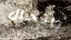
بالحال